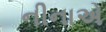
નીનાએ